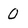
Character: 0